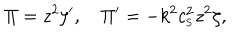
\Pi = z ^ { 2 } \zeta ^ { \prime } , \quad \Pi ^ { \prime } = - k ^ { 2 } c _ { _ \mathrm { S } } ^ { 2 } z ^ { 2 } \zeta ,